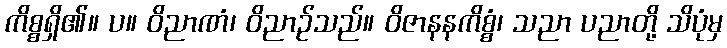
ကိစ္စရှိ၏။ ပ။ ဝိညာဏံ၊ ဝိညာဉ်သည်။ ဝိဇာနနကိစ္စံ၊ သညာ ပညာတို့ သိပုံမှ